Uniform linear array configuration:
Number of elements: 4
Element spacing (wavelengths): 0.75
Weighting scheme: binomial
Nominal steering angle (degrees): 0
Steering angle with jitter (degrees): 1.739
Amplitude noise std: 0.05
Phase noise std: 0.05

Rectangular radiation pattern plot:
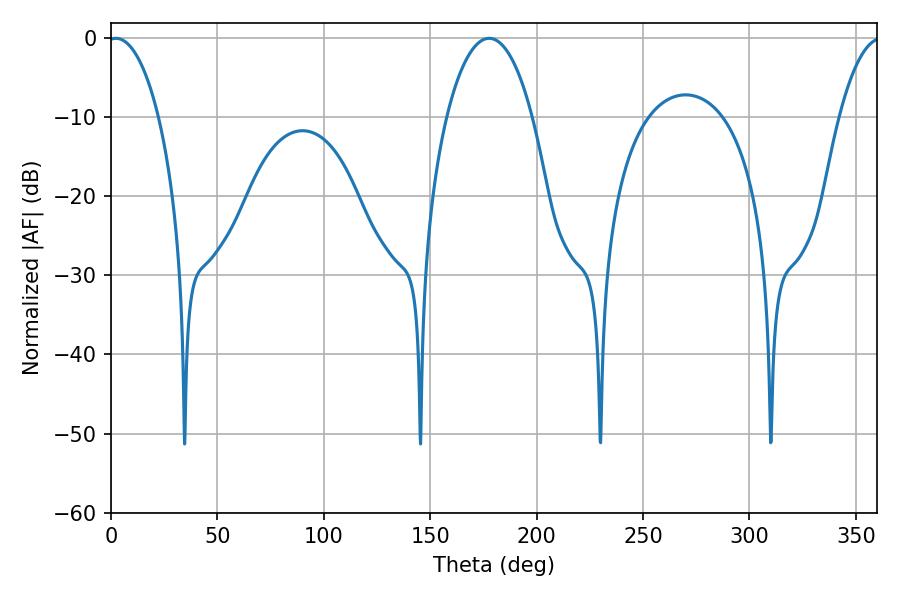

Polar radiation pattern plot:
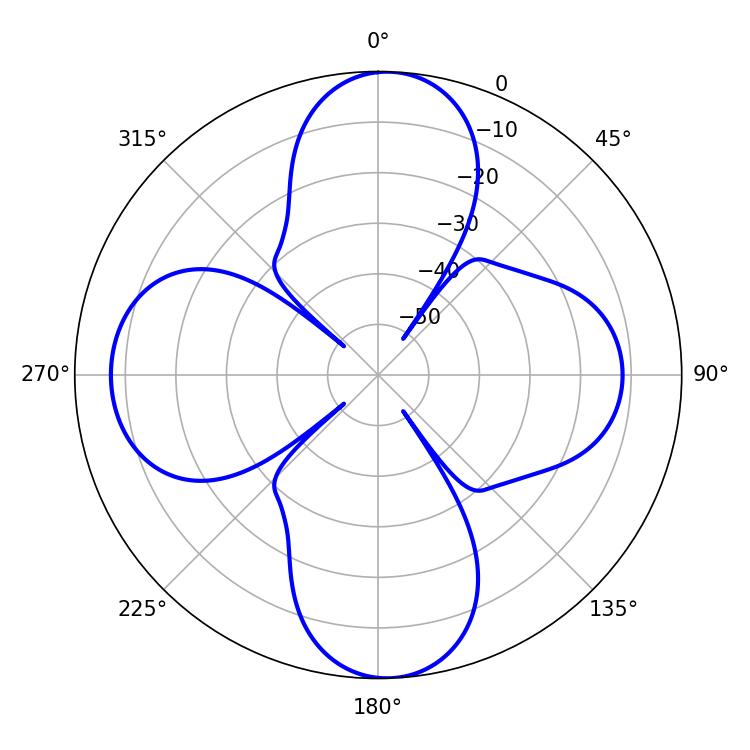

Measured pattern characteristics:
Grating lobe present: TRUE
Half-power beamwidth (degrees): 13.68
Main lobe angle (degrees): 2.34